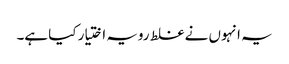
یہ انہوں نے غلط رویہ اختیار کیا ہے۔